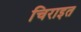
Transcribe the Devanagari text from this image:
चिराइत